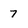
Character: 7